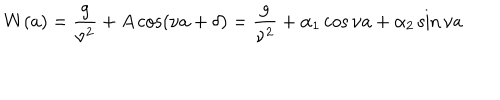
W ( a ) = \frac { g } { \nu ^ { 2 } } + A \cos ( \nu a + \delta ) = \frac { g } { \nu ^ { 2 } } + \alpha _ { 1 } \cos \nu a + \alpha _ { 2 } \sin \nu a